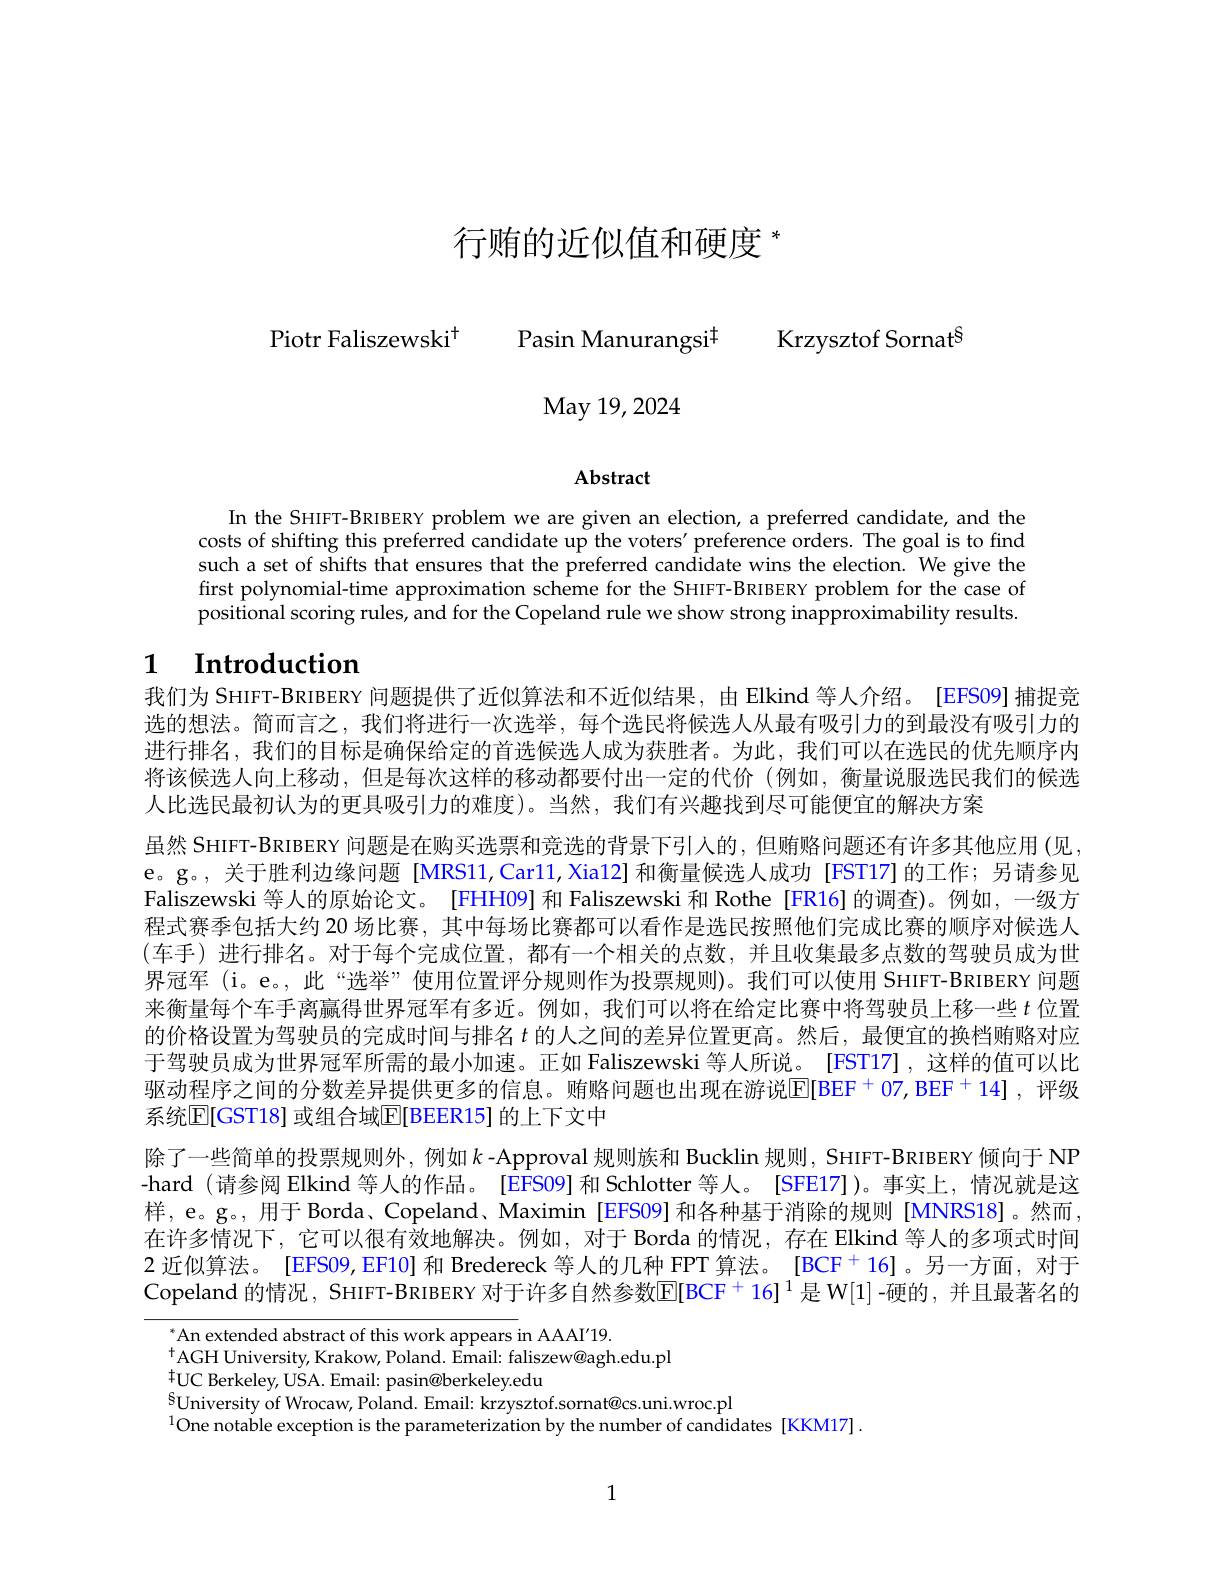
行贿的近似值和硬度$^*$

Piotr Faliszewski$^{+ }$ Pasin Manurangsi$^{\dagger}$

Krzysztof Sornat$^{\mathrm{S}}$

May 19, 2024

Abstract

In the SHIFT-BRIBERY problem we are given an election, a preferred candidate, and the costs of shifting this preferred candidate up the voters' preference orders. The goal is to find such a set of shifts that ensures that the preferred candidate wins the election. We give the first polynomial-time approximation scheme for the SHIFT-BRIBERY problem for the case of positional scoring rules, and for the Copeland rule we show strong inapproximability results

# $\textbf{1}$ $\textbf{Introduction}$

我们为 SHIFT-BRIBERY 问题提供了近似算法和不近似结果，由 Elkind 等人介绍。[EFS09]捕捉竞选的想法。简而言之，我们将进行一次选举，每个选民将候选人从最有吸引力的到最没有吸引力的进行排名，我们的目标是确保给定的首选候选人成为获胜者。为此，我们可以在选民的优先顺序内将该候选人向上移动，但是每次这样的移动都要付出一定的代价(例如，衡量说服选民我们的候选人比选民最初认为的更具吸引力的难度)。当然，我们有兴趣找到尽可能便宜的解决方案
虽然 SHIFT-BRIBERY 问题是在购买选票和竞选的背景下引人的，但贿赂问题还有许多其他应用(见e。g。,关于胜利边缘问题[MRS11,Car11,Xia12]和衡量候选人成功[FST17]的工作；另请参见Faliszewski 等人的原始论文。[FHHH09] 和 Faliszewski 和 Rothe [FR16] 的调查)。例如，一级方程式赛季包括大约 20 场比赛，其中每场比赛都可以看作是选民按照他们完成比赛的顺序对候选人(车手)进行排名。对于每个完成位置，都有一个相关的点数，并且收集最多点数的驾驶员成为世界冠军 (i。e。,此“选举”使用位置评分规则作为投票规则)。我们可以使用 SHIFT-BRIBERY 问题来衡量每个车手离赢得世界冠军有多近。例如，我们可以将在给定比赛中将驾驶员上移一些$t$位置的价格设置为驾驶员的完成时间与排名$t$的人之间的差异位置更高。然后，最便宜的换档贿赂对应于驾驶员成为世界冠军所需的最小加速。正如 Faliszewski 等人所说。[FST17],这样的值可以比驱动程序之间的分数差异提供更多的信息。贿赂问题也出现在游说$\overline{\mathrm{E}}[\mathrm{BEF}^+07,\mathrm{BEF}^+14]$ ,评级系统E[GST18] 或组合域E[BEER15] 的上下文中
除了一些简单的投票规则外，例如$k$ -Approval 规则族和 Bucklin 规则，SHIFT-BRIBERY 倾向于 NP -hard (请参阅 Elkind 等人的作品。[EFS09] 和 Schlotter 等人。[SFE17])。事实上，情况就是这样，e。g。, 用于 Borda、Copeland、Maximin[EFS09] 和各种基于消除的规则 [MNRS18]。然而， 在许多情况下，它可以很有效地解决。例如，对于 Borda 的情况，存在 Elkind 等人的多项式时间2 近似算法。[EFS09,EF10] 和 Bredereck 等人的几种 FPT 算法。[BCF$^+$16]。另一方面，对于Copeland 的情况，SHIFT-BRIBERY 对于许多自然参数E[BCF$^{+}$ 16] $^{1}$是 W[1] -硬的，并且最著名的
An extended abstract of this work appears in AAAI'19.

$^{+}$AGH University, Krakow, Poland. Email: faliszew@agh.edu.pl
$^{\dagger}$UC Berkeley, USA. Email: pasin@berkeley.edu
$^{\mathrm{S}}$University of Wrocaw, Poland. Email: krzysztof.sornat@cs.uni.wroc.pl
$^{1}$One notable exception is the parameterization by the number of candidates[KKM17].

1